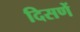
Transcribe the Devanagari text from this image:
दिसणें